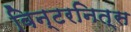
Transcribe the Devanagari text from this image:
विन्टरनित्स